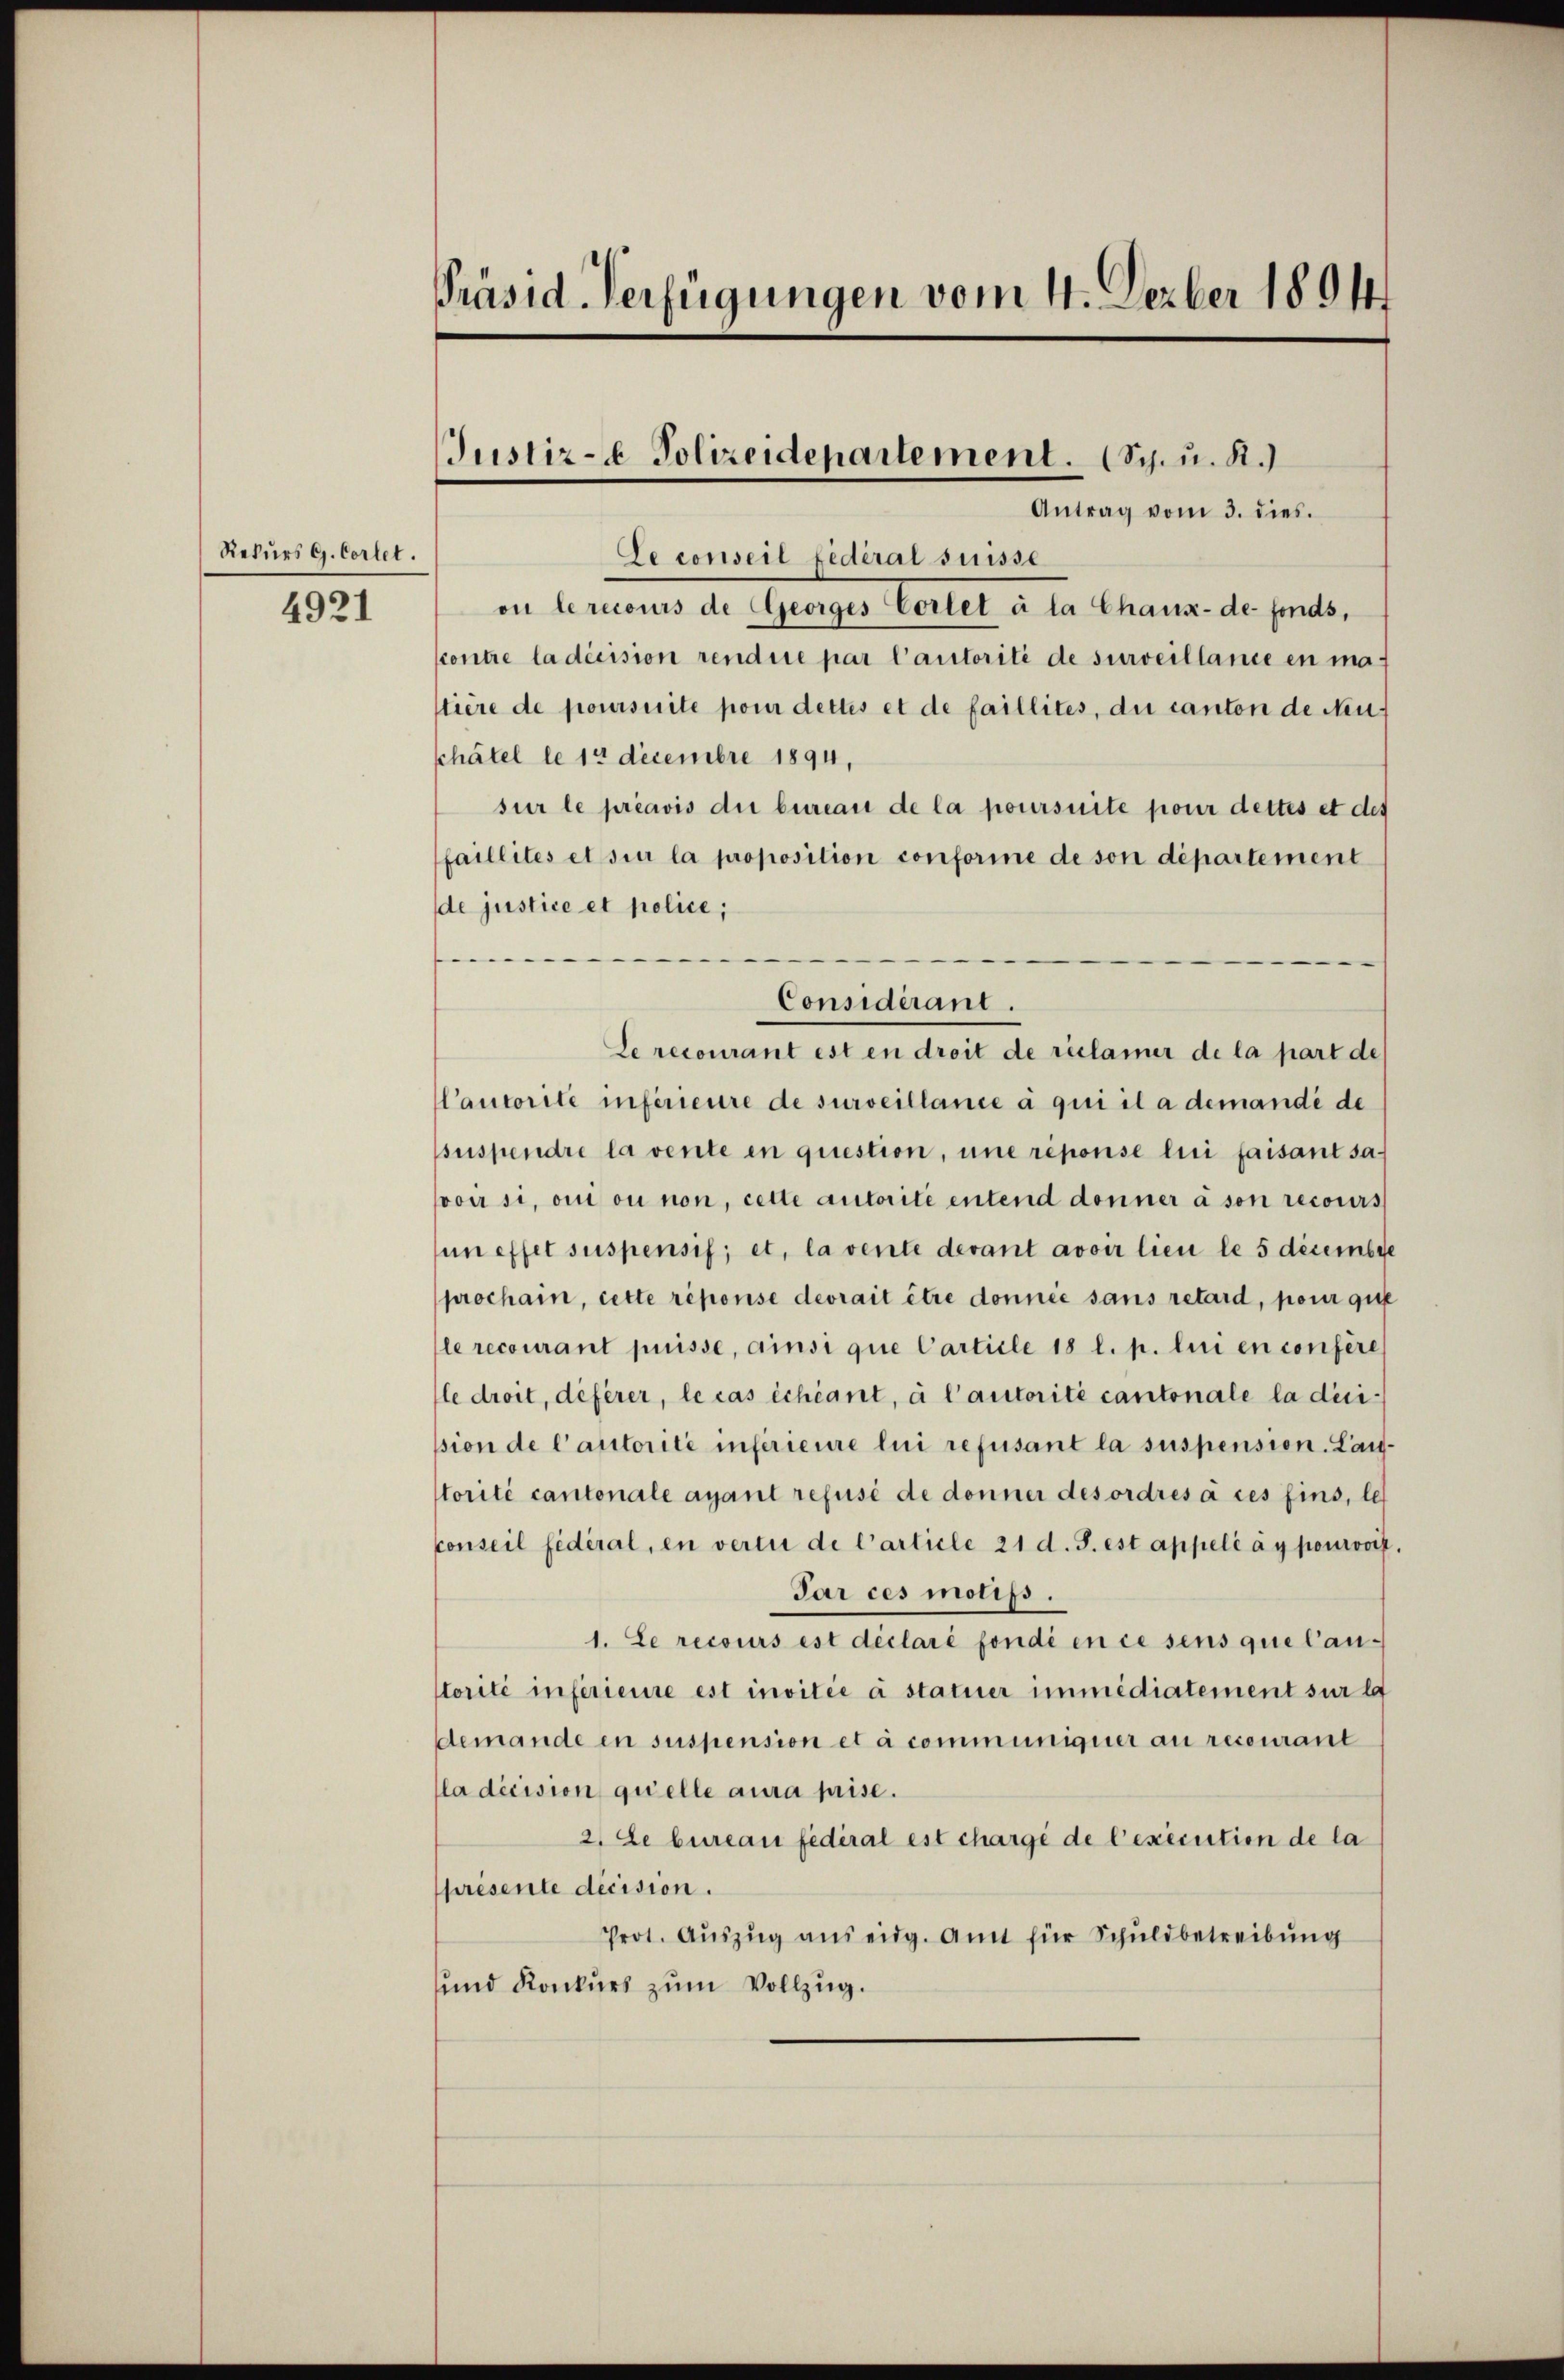
Rekurs G. Cortet.
4921

Präsid. Verfügungen vom 4. Dezber 1894

Justiz- Polizeidepartement. (Sch. u. R.)
Antrag vom 3. dies.

Le conseil fédéral suisse
on lerecours de Georges Corlet à la Chaux-de-Fonds,
contre la décision rendue par l’autorité de surveillance en matière de poursuite pour dettes et de faillites, die canton de Neuchatel le 14 Decembre 1894,
sur le préavis die bureau de la poursuite pour dettes et des
faillités et sur la proposition conforme de son département
de justice et police;
—
Considérant.
Cautorité inférieure de surveillance à qui il a demandé de
suspendre la vente in question, une réponse lui faisant sa-
voir si, oui ou non, cette autorité entend donner à son recours
un effet suspensif; et, la vente devant avoir lieu le 5 decembre
prochain, cette réponse devrait être donnée sans retard, pour que
le recourant puisse, ainsi que Carticle 18 l. p. lui en conferes
le droit, deferer, le cas échéant, à l’autorité cantonale la dicision de l’autorité inférieure lui refusant la suspension. Laustorité cantonale ayant refusé de donner des ordres à ces fins, les
Conseil fédéral, en vertu de l’article 21 d. J. est appelé à y pourvoit.
Par ces motifs.
1. Le recours est déclaré fondi en ce sens que Canstorité inférieure est invitée à statuer immédiatement sur la
demande en suspension et à communigerer au recourant
la décision quelle aura prise.
2. Le bureau fédéral est chargé de l’exécution de la
présente decision.
Prot. Aŭszŭg ans eidg. Amt für Schuldbetreibung
und Konkurs zum Vollzug.

Le recourant est en droit de riclamer de la part de